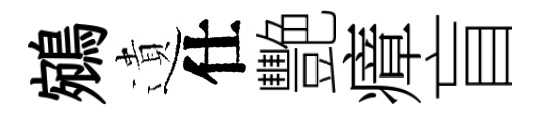
鵷遺仕艷瘴盲